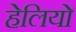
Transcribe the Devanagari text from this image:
हेलियो